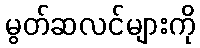
မွတ်ဆလင်များကို